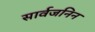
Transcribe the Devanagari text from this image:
सार्वजनिन